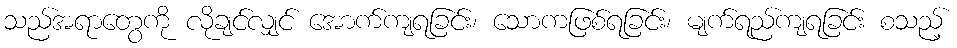
သည်အရာတွေကို လိုချင်လျှင် အောက်ကျရခြင်း၊ သောကဖြစ်ရခြင်း၊ မျက်ရည်ကျရခြင်း စသည့်